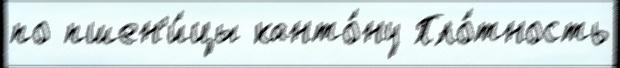
по пшен'и́цы канто́ну Пло́тность